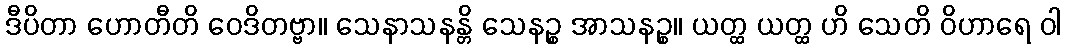
ဒီပိတာ ဟောတီတိ ဝေဒိတဗ္ဗာ။ သေနာသနန္တိ သေနဉ္စ အာသနဉ္စ။ ယတ္ထ ယတ္ထ ဟိ သေတိ ဝိဟာရေ ဝါ